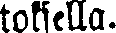
toksella.